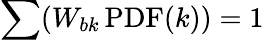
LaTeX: \sum(W_{bk}\, \mathrm{PDF}(k))=1